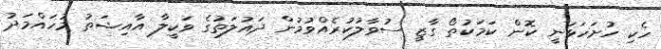
ހެކި ހުށަހަޅަނީ ކޮން ކަމަކުތޯ ގާޒީ ސުވާލުކުރެއްވުމުން ދައުލަތުގެ ވަކީލާ އާއިޝަތު މުހައްމަދު